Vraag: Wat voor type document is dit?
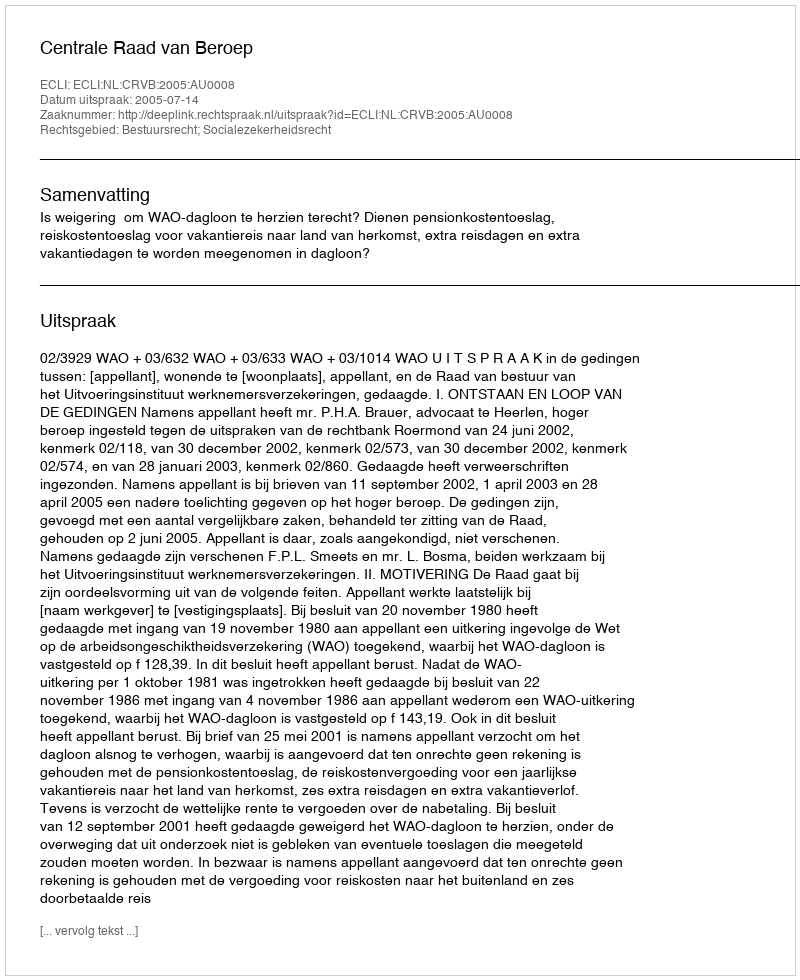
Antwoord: Uitspraak